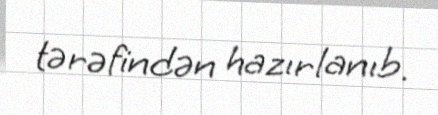
tərəfindən hazırlanıb.